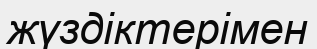
жүздіктерімен